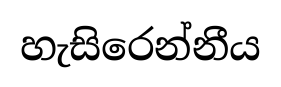
හැසිරෙන්නීය